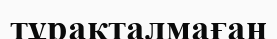
тұрақталмаған